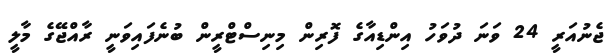
ޖެނުއަރީ 24 ވަނަ ދުވަހު އިންޑިއާގެ ފޮރިން މިނިސްޓްރީން ބުނެފައިވަނީ ރާއްޖޭގެ މާލީ